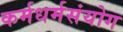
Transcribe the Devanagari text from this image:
कर्मधर्मसंयोग